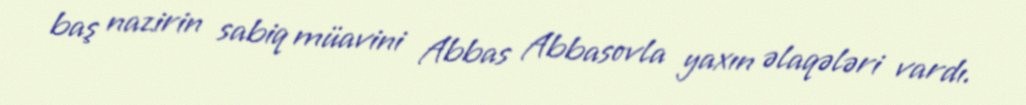
baş nazirin sabiq müavini Abbas Abbasovla yaxın əlaqələri vardı.